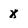
Character: x